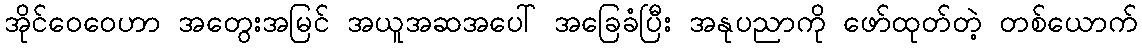
အိုင်ဝေဝေဟာ အတွေးအမြင် အယူအဆအပေါ် အခြေခံပြီး အနုပညာကို ဖော်ထုတ်တဲ့ တစ်ယောက်